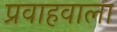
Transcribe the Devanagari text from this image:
प्रवाहवाला